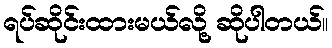
ရပ်ဆိုင်းထားမယ်လို့ ဆိုပါတယ်။